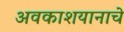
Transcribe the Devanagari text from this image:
अवकाशयानाचे